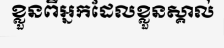
ខ្លួនពីអ្នកដែលខ្លួនស្គាល់